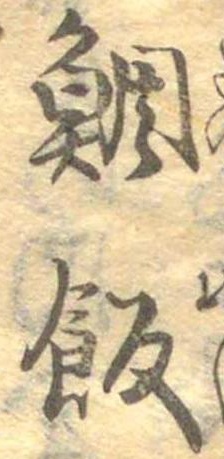
鯛飯